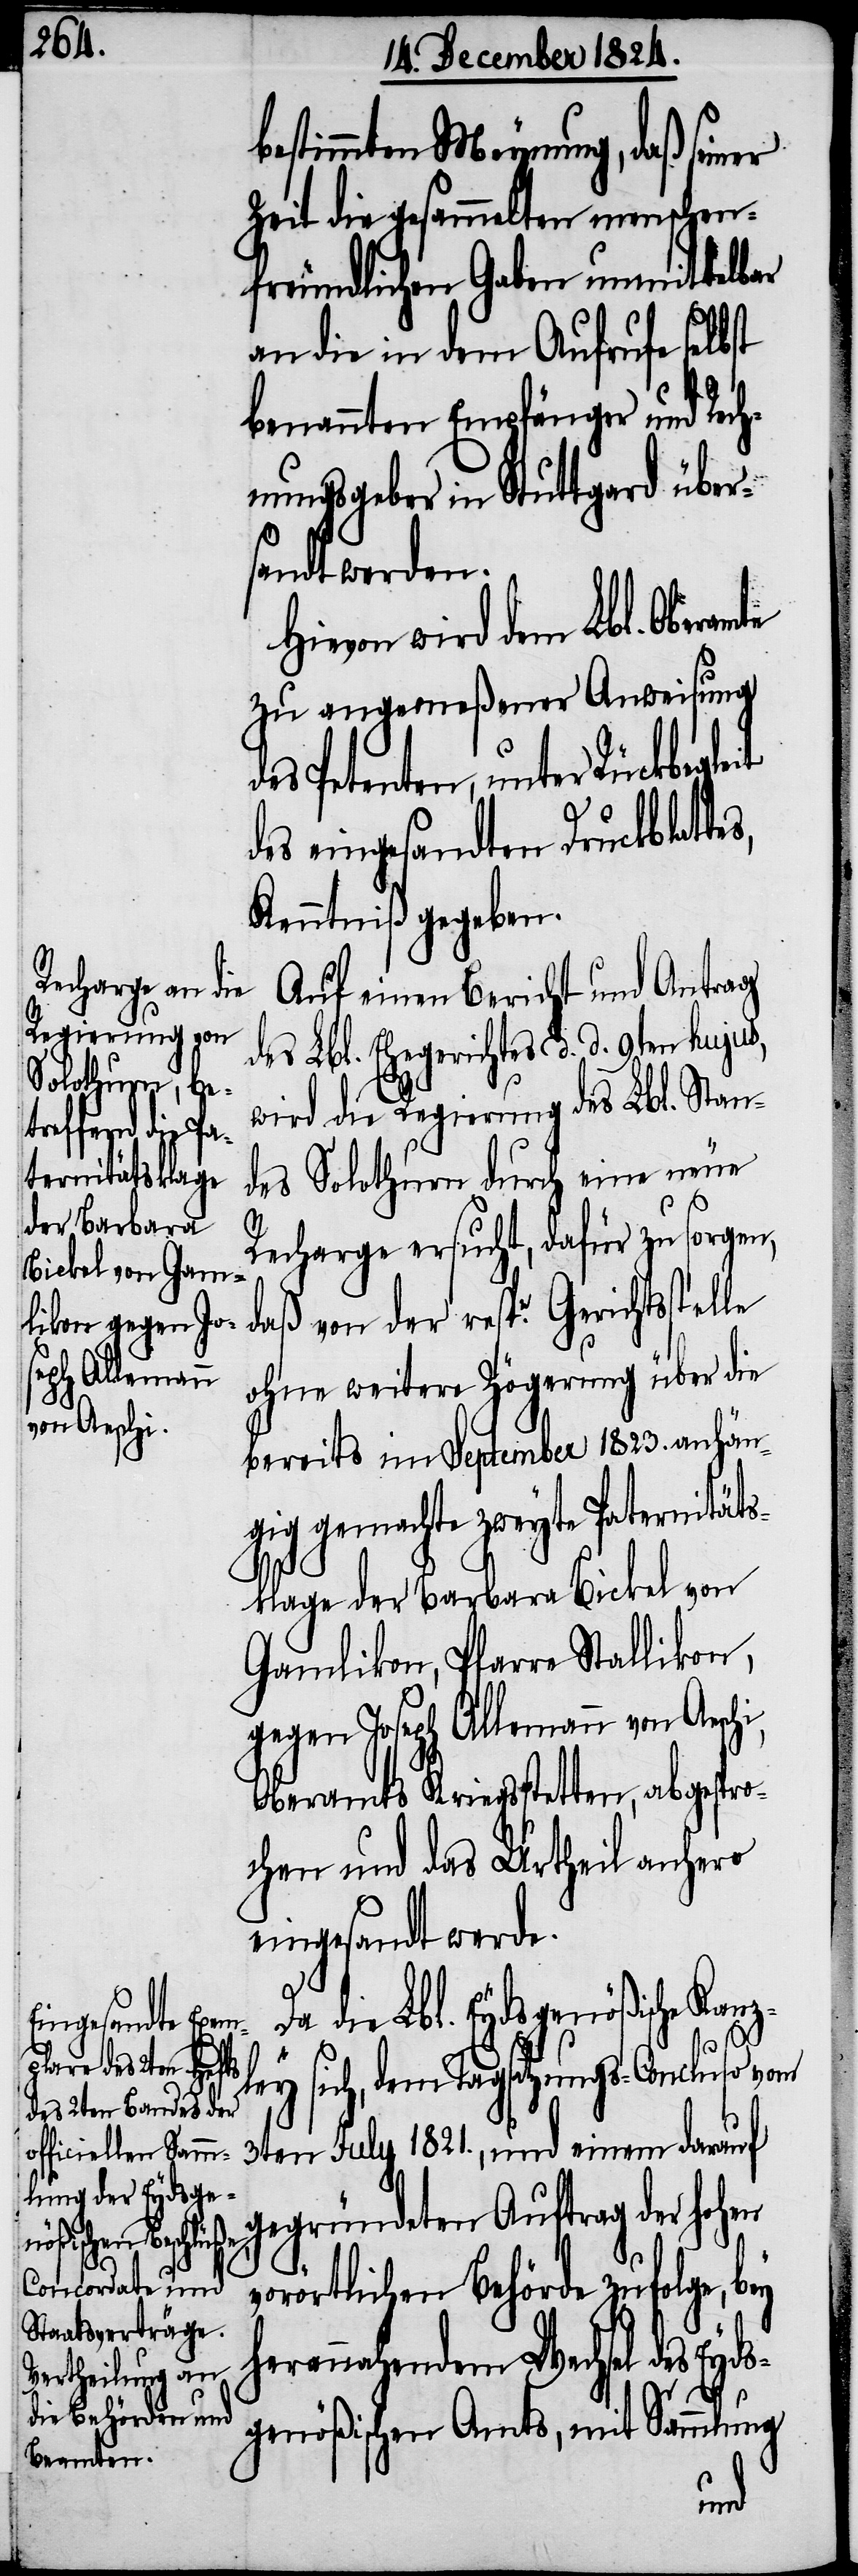
der resptn. Ger¬
ichtsstelle

bestimmten Meynung, daß seiner
Zeit die gesammelten menschen¬
freundlichen Gaben unmittelbar
an die in dem Aufrufe selbst
benannten Empfänger und Rec¬
hnungsgeber in Stuttgard über¬
sandt werden.
Hievon wird dem Lbl. Oberamte
zu angemeßener Anweisung
des Petenten, unter Rückbegle¬
des eingesandten Druckblatte¬
Kenntniß gegeben.
Auf einen Bericht und Antrag
des Lbl. Ehegerichtes d. d. 9ten hujus,
wird die Regierung des Lbl. Stan¬
des Solothurn durch eine neue
Recharge ersucht, dafür zu sorgen,
ohne weitere Zögerung über die
bereits im September 1823. anhän¬
gig gemachte zweyte Paternitäts¬
klage der Barbara Bickel von
Gamlikon, Pfarre Stallikon,
gegen Joseph Allemann von Aeschi,
Oberamtes Kriegsstetten, abgespro¬
chen und das Urtheil anhero
eingesandt werde.
Da die Lbl. Eydsgenößische Kanz¬
ley sich, dem Tagsatzungs-Concluso vom
it
3ten July 1821., und einem darauf
gegründeten Auftrag der hohen
vorörtlichen Behörde zufolge, bey
herannahendem Wechsel des Eyd¬
s¬
genößischen Amts, mit Sammlung